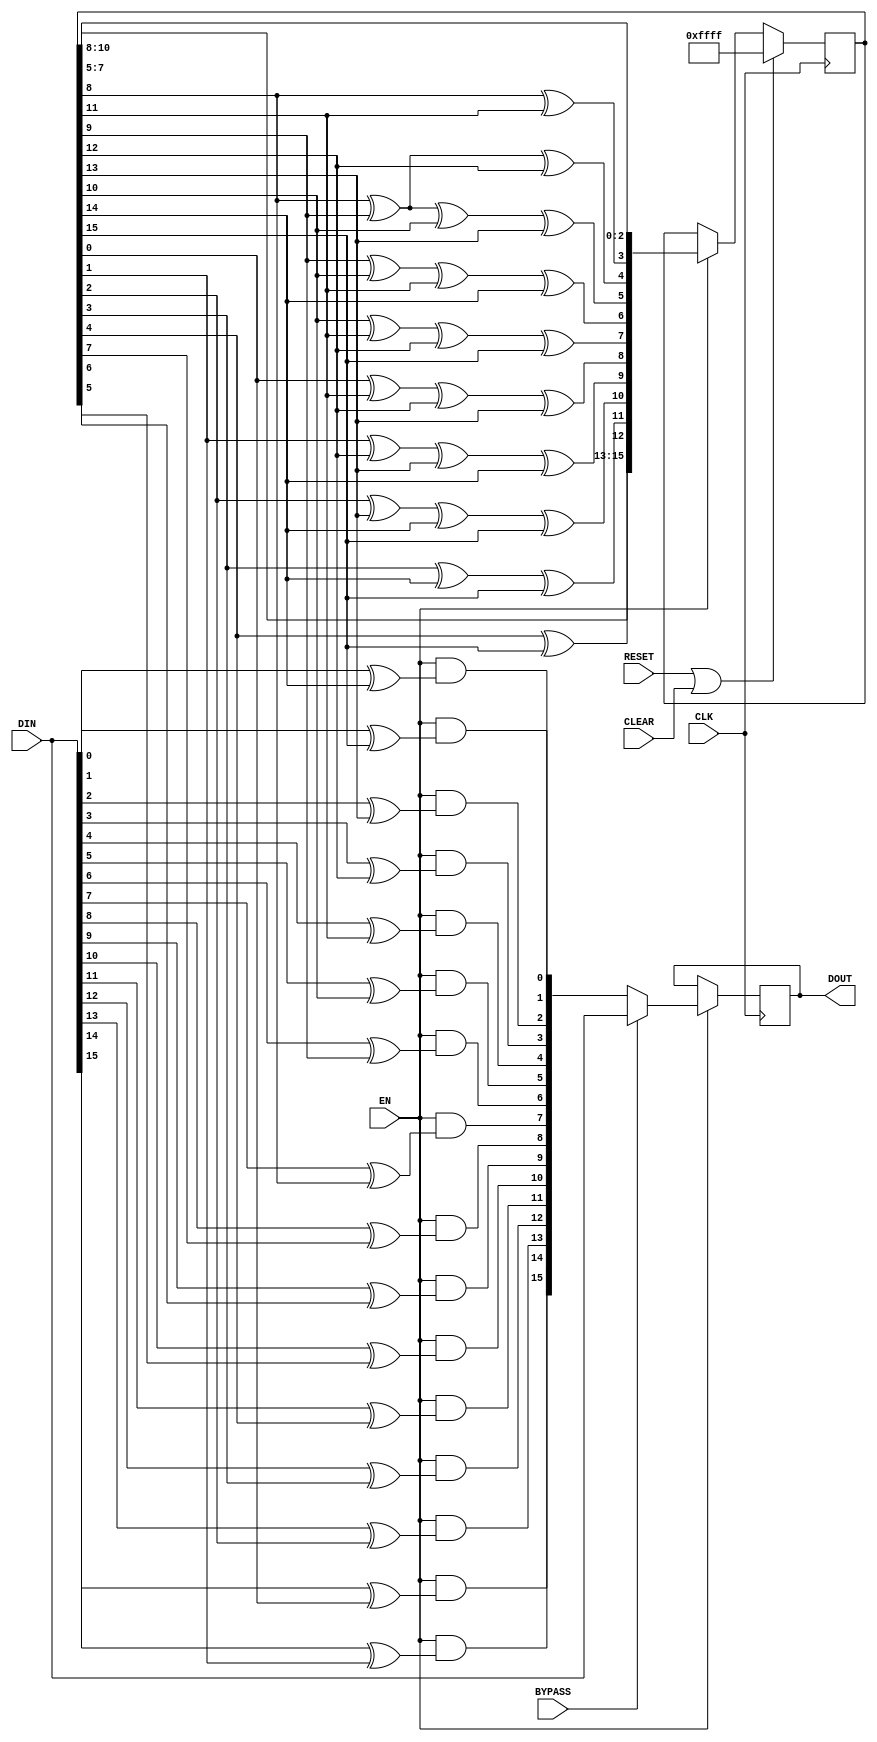
///////////////////////////////////////////////////////////////////////////////
// (c) Copyright 2012 Xilinx, Inc. All rights reserved.
//
// This file contains confidential and proprietary information
// of Xilinx, Inc. and is protected under U.S. and
// international copyright and other intellectual property
// laws.
//
// DISCLAIMER
// This disclaimer is not a license and does not grant any
// rights to the materials distributed herewith. Except as
// otherwise provided in a valid license issued to you by
// Xilinx, and to the maximum extent permitted by applicable
// law: (1) THESE MATERIALS ARE MADE AVAILABLE "AS IS" AND
// WITH ALL FAULTS, AND XILINX HEREBY DISCLAIMS ALL WARRANTIES
// AND CONDITIONS, EXPRESS, IMPLIED, OR STATUTORY, INCLUDING
// BUT NOT LIMITED TO WARRANTIES OF MERCHANTABILITY, NON-
// INFRINGEMENT, OR FITNESS FOR ANY PARTICULAR PURPOSE; and
// (2) Xilinx shall not be liable (whether in contract or tort,
// including negligence, or under any other theory of
// liability) for any loss or damage of any kind or nature
// related to, arising under or in connection with these
// materials, including for any direct, or any indirect,
// special, incidental, or consequential loss or damage
// (including loss of data, profits, goodwill, or any type of
// loss or damage suffered as a result of any action brought
// by a third party) even if such damage or loss was
// reasonably foreseeable or Xilinx had been advised of the
// possibility of the same.
//
// CRITICAL APPLICATIONS
// Xilinx products are not designed or intended to be fail-
// safe, or for use in any application requiring fail-safe
// performance, such as life-support or safety devices or
// systems, Class III medical devices, nuclear facilities,
// applications related to the deployment of airbags, or any
// other applications that could lead to death, personal
// injury, or severe property or environmental damage
// (individually and collectively, "Critical
// Applications"). Customer assumes the sole risk and
// liability of any use of Xilinx products in Critical
// Applications, subject only to applicable laws and
// regulations governing limitations on product liability.
//
// THIS COPYRIGHT NOTICE AND DISCLAIMER MUST BE RETAINED AS
// PART OF THIS FILE AT ALL TIMES.
//
//
///////////////////////////////////////////////////////////////////////////////
`timescale 1ns / 1ps
(* core_generation_info = "aurora_8b10b_113_1,aurora_8b10b_v11_1_5,{user_interface=AXI_4_Streaming,backchannel_mode=Sidebands,c_aurora_lanes=1,c_column_used=None,c_gt_clock_1=GTPQ0,c_gt_clock_2=None,c_gt_loc_1=X,c_gt_loc_10=X,c_gt_loc_11=X,c_gt_loc_12=X,c_gt_loc_13=X,c_gt_loc_14=X,c_gt_loc_15=X,c_gt_loc_16=X,c_gt_loc_17=X,c_gt_loc_18=X,c_gt_loc_19=X,c_gt_loc_2=X,c_gt_loc_20=X,c_gt_loc_21=X,c_gt_loc_22=X,c_gt_loc_23=X,c_gt_loc_24=X,c_gt_loc_25=X,c_gt_loc_26=X,c_gt_loc_27=X,c_gt_loc_28=X,c_gt_loc_29=X,c_gt_loc_3=1,c_gt_loc_30=X,c_gt_loc_31=X,c_gt_loc_32=X,c_gt_loc_33=X,c_gt_loc_34=X,c_gt_loc_35=X,c_gt_loc_36=X,c_gt_loc_37=X,c_gt_loc_38=X,c_gt_loc_39=X,c_gt_loc_4=X,c_gt_loc_40=X,c_gt_loc_41=X,c_gt_loc_42=X,c_gt_loc_43=X,c_gt_loc_44=X,c_gt_loc_45=X,c_gt_loc_46=X,c_gt_loc_47=X,c_gt_loc_48=X,c_gt_loc_5=X,c_gt_loc_6=X,c_gt_loc_7=X,c_gt_loc_8=X,c_gt_loc_9=X,c_lane_width=2,c_line_rate=31250,c_nfc=false,c_nfc_mode=IMM,c_refclk_frequency=125000,c_simplex=false,c_simplex_mode=TX,c_stream=false,c_ufc=false,flow_mode=None,interface_mode=Framing,dataflow_config=Duplex}" *)

//***************************** Module Declaration ****************************

module aurora_8b10b_113_1_scrambler  #
(
  parameter C_SEED = 16'hFFFF
)
(
  output reg  [15:0] DOUT = 16'h0000,

  input  wire [15:0] DIN,
  input  wire        EN,
  input  wire        BYPASS,
  input  wire        CLEAR,
  input  wire        RESET,
  input  wire        CLK
);

`define DLY #1

  wire  [15:0]   dataNext;
  wire  [15:0]   lfsrNext;

  reg   [15:0]   lfsr;

  /////////////////////////////////////////////////////////////////////////////
  // Scrambler / De-Scrambler Register
  /////////////////////////////////////////////////////////////////////////////
  always @(posedge CLK)
  begin
    if (EN) DOUT <= `DLY BYPASS ? DIN : dataNext;
  end

  /////////////////////////////////////////////////////////////////////////////
  // 16-bit LFSR
  /////////////////////////////////////////////////////////////////////////////
  always @(posedge CLK)
  begin
    if(RESET | CLEAR)
      lfsr <= C_SEED;
    else if (EN)
      lfsr <= lfsrNext;
  end

  /////////////////////////////////////////////////////////////////////////////
  // LFSR XORs
  /////////////////////////////////////////////////////////////////////////////
  assign lfsrNext[0]  = lfsr[8] ;
  assign lfsrNext[1]  = lfsr[9] ;
  assign lfsrNext[2]  = lfsr[10] ;
  assign lfsrNext[3]  = lfsr[8] ^ lfsr[11] ;
  assign lfsrNext[4]  = lfsr[8] ^ lfsr[9] ^ lfsr[12] ;
  assign lfsrNext[5]  = lfsr[8] ^ lfsr[9] ^ lfsr[10] ^ lfsr[13] ;
  assign lfsrNext[6]  = lfsr[9] ^ lfsr[10] ^ lfsr[11] ^ lfsr[14] ;
  assign lfsrNext[7]  = lfsr[10] ^ lfsr[11] ^ lfsr[12] ^ lfsr[15] ;
  assign lfsrNext[8]  = lfsr[0] ^ lfsr[11] ^ lfsr[12] ^ lfsr[13] ;
  assign lfsrNext[9]  = lfsr[1] ^ lfsr[12] ^ lfsr[13] ^ lfsr[14] ;
  assign lfsrNext[10] = lfsr[2] ^ lfsr[13] ^ lfsr[14] ^ lfsr[15] ;
  assign lfsrNext[11] = lfsr[3] ^ lfsr[14] ^ lfsr[15] ;
  assign lfsrNext[12] = lfsr[4] ^ lfsr[15] ;
  assign lfsrNext[13] = lfsr[5] ;
  assign lfsrNext[14] = lfsr[6] ;
  assign lfsrNext[15] = lfsr[7] ;

  /////////////////////////////////////////////////////////////////////////////
  // Additive Scrambler / De-Scrambler XORs
  /////////////////////////////////////////////////////////////////////////////
  assign dataNext[0]  = EN && DIN[0]  ^ lfsr[15]   ;
  assign dataNext[1]  = EN && DIN[1]  ^ lfsr[14]   ;
  assign dataNext[2]  = EN && DIN[2]  ^ lfsr[13]   ;
  assign dataNext[3]  = EN && DIN[3]  ^ lfsr[12]   ;
  assign dataNext[4]  = EN && DIN[4]  ^ lfsr[11]   ;
  assign dataNext[5]  = EN && DIN[5]  ^ lfsr[10]   ;
  assign dataNext[6]  = EN && DIN[6]  ^ lfsr[9]   ;
  assign dataNext[7]  = EN && DIN[7]  ^ lfsr[8]   ;
  assign dataNext[8]  = EN && DIN[8]  ^ lfsr[7]   ;
  assign dataNext[9]  = EN && DIN[9]  ^ lfsr[6]   ;
  assign dataNext[10]  = EN && DIN[10]  ^ lfsr[5]   ;
  assign dataNext[11]  = EN && DIN[11]  ^ lfsr[4]   ;
  assign dataNext[12]  = EN && DIN[12]  ^ lfsr[3]   ;
  assign dataNext[13]  = EN && DIN[13]  ^ lfsr[2]   ;
  assign dataNext[14]  = EN && DIN[14]  ^ lfsr[1]   ;
  assign dataNext[15]  = EN && DIN[15]  ^ lfsr[0]   ;

endmodule